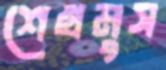
শেখমুস